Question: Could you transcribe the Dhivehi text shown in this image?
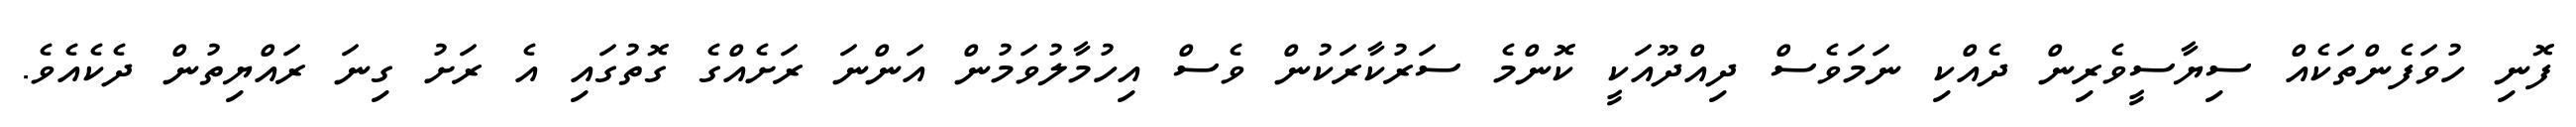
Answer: ފޮނި ހުވަފެންތަކެއް ސިޔާސީވެރިން ދެއްކި ނަމަވެސް ދިއްދޫއަކީ ކޮންމެ ސަރުކާރަކުން ވެސް އިހުމާލުވަމުން އަންނަ ރަށެއްގެ ގޮތުގައި އެ ރަށު ގިނަ ރައްޔިތުން ދެކެއެވެ.